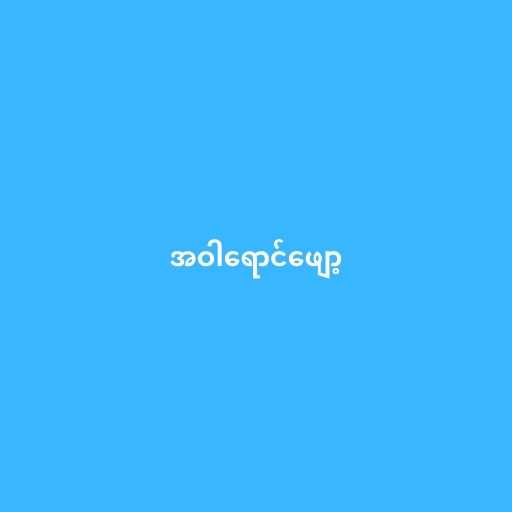
အဝါရောင်ဖျော့